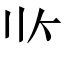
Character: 𰀢